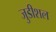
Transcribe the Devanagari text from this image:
जुडीशल